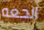
الجعه